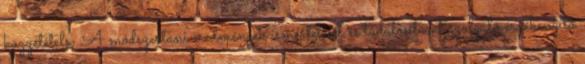
közzététele; A módszertani eredmények ismertetését és tudatosítását szolgáló érzékenyítő